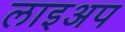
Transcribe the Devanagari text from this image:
लाइअप